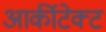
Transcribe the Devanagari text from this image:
आर्कीटेक्ट